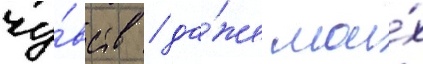
чу́вств / да́же мои́х